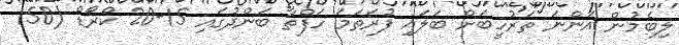
ލިބެމުން އަންނަ ތަރުހީބަށް ބަލައި ފުރަތަމަ ހަފްތާ ބަންދުގައި 15-20 ކްރޯޑް (150